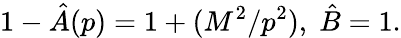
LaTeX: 1-\hat{A}(p)=1+(M^{2}/p^{2}),\; \hat{B}=1.